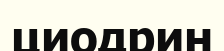
циодрин